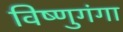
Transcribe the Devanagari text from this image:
विष्णुगंगा